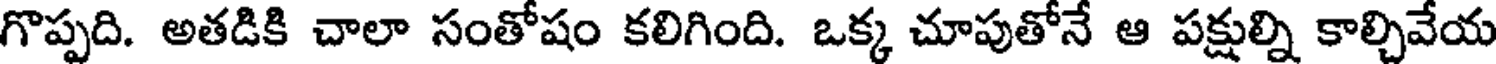
గొప్పది. అతడికి చాలా సంతోషం కలిగింది. ఒక్క చూపుతోనే ఆ పక్షుల్ని కాల్చివేయ